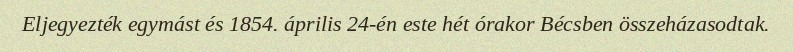
Eljegyezték egymást és 1854. április 24-én este hét órakor Bécsben összeházasodtak.